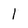
Character: 1